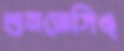
শুনতেসিঙ্